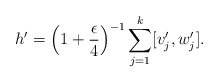
\begin{align*}h'=\Big(1+\frac \epsilon 4\Big)^{-1} \sum_{j=1}^k [v'_j,w'_j ].\end{align*}